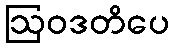
ဩဝဒတိပေ